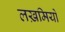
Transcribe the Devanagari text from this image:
लख़मियों